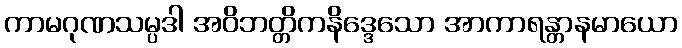
ကာမဂုဏသမ္ပဒါ အဝိဘတ္တိကနိဒ္ဒေသော အာကာရန္တာနမာယော